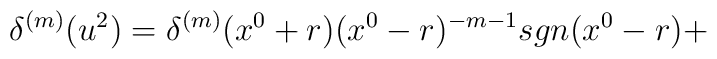
{\delta}^{(m)}(u^2)={\delta}^{(m)}(x^0+r) (x^0-r)^{-m-1}sgn(x^0-r)+